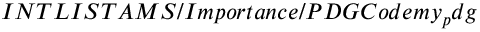
I N T L I S T A M S / I m p o r t a n c e / P D G C o d e m y _ { p } d g